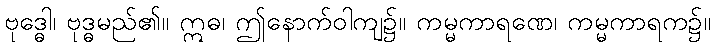
ဗုဒ္ဓေါ၊ ဗုဒ္ဓမည်၏။ ဣဓ၊ ဤနောက်ဝါကျ၌။ ကမ္မကာရဏေ၊ ကမ္မကာရက၌။